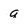
Character: q